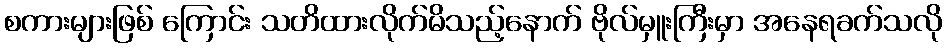
စကားများဖြစ် ကြောင်း သတိထားလိုက်မိသည့်နောက် ဗိုလ်မှူးကြီးမှာ အနေရခက်သလို